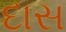
દાસ